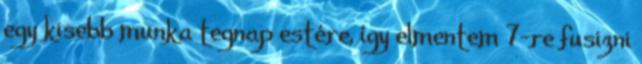
egy kisebb munka tegnap estére, így elmentem 7-re fusizni